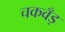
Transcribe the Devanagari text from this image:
चकवँड़